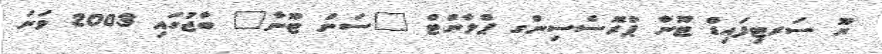
ޔޫ ސަރޓިފައިޑް ޓޫނާ ޕްރޮސެސިންގ ޕްލާންޓް "ސަން ޓޫނާ" ބާޖުގައި 2003 ވަނަ